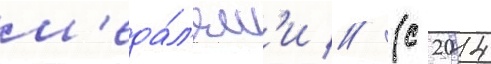
м'еда́л'ям'и // (с 2014